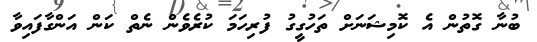
ބުނާ ގޮތުން އެ ކޮމިޝަނަށް ތަހުގީގު ފުރިހަމަ ކުރެވެން ނެތް ކަން އަންގާފައިވާ